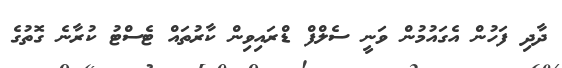
ދާދި ފަހުން އެގައުމުން ވަނީ ސެލްފް ޑްރައިވިން ކާރުތައް ޓެސްޓު ކުރާނެ ގޮތުގެ